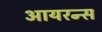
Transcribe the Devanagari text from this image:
आयरन्‍स